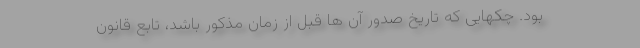
بود. چکهایی که تاریخ صدور آن ها قبل از زمان مذکور باشد، تابع قانون